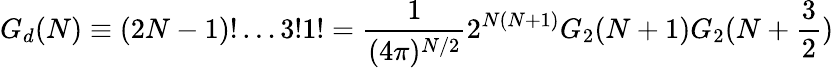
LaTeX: G_{d}(N)\equiv(2N-1)!\ldots 3!1!={\frac{1}{(4\pi)^{N/2}}}2^{N(N+1)}G_{2}(N+1)G_{2}(N+{\frac{3}{2}})